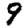
Digit: 9